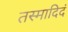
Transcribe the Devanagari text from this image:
तस्मादिदं